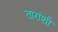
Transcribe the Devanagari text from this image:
तारांशी